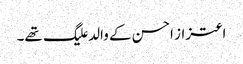
اعتزاز احسن کے والد علیگ تھے۔